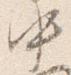
中